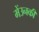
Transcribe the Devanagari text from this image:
मेंउनकी